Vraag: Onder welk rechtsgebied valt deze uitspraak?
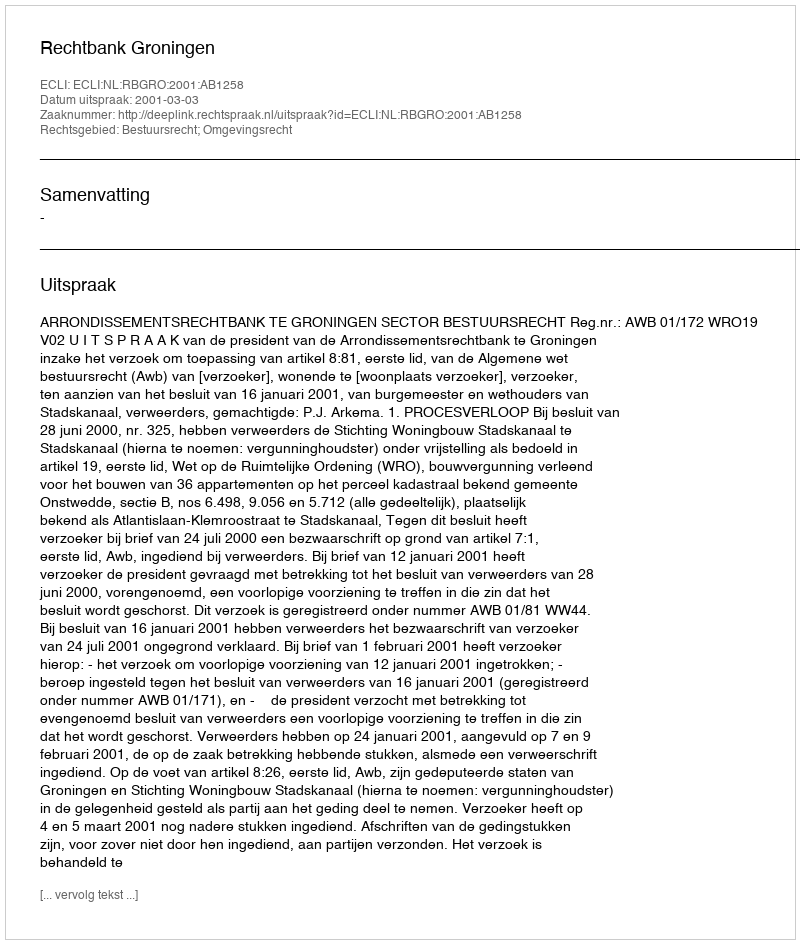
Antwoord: Bestuursrecht; Omgevingsrecht